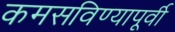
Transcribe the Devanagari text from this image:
कमसविण्यापूर्वी